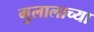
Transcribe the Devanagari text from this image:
गुलालाच्या